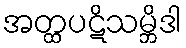
အတ္ထပဋိသမ္ဘိဒါ